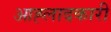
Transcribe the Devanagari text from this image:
आह्लादकारी